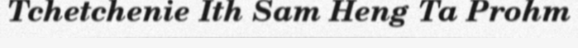
Tchetchenie Ith Sam Heng Ta Prohm